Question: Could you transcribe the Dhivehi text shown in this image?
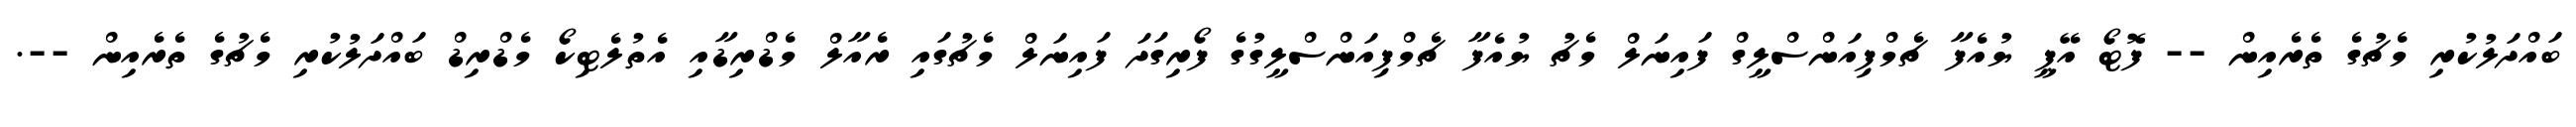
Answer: ބައްދަލުކުރި މެޗުގެ ތެރެއިން -- ފޮޓޯ އޭޕީ ޔުއެފާ ޗެމްޕިއަންސްލީގް ފައިނަލް މެޗު ޔުއެފާ ޗެމްޕިއަންސްލީގުގެ ފޯރިގަދަ ފައިނަލް މެޗުގައި ރެއާލް މެޑްރިޑާއި އެތުލެޓިކޯ މެޑްރިޑް ބައްދަލުކުރި މެޗުގެ ތެރެއިން --.